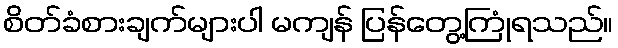
စိတ်ခံစားချက်များပါ မကျန် ပြန်တွေ့ကြုံရသည်။